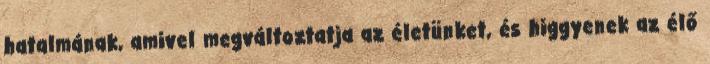
hatalmának, amivel megváltoztatja az életünket, és higgyenek az élő